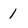
Character: 1